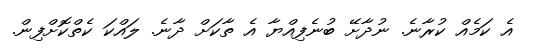
އެ ކަމެއް ކުރާނެ. ނުދާށޭ ބުނެފިއްޔާ އެ ތާކަށް ދާނެ. ލައްކަ ކެތްކޮށްފިން.